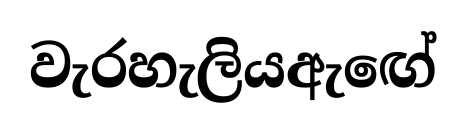
වැරහැලියඇඟේ